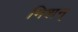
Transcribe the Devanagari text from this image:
मिशन्‌